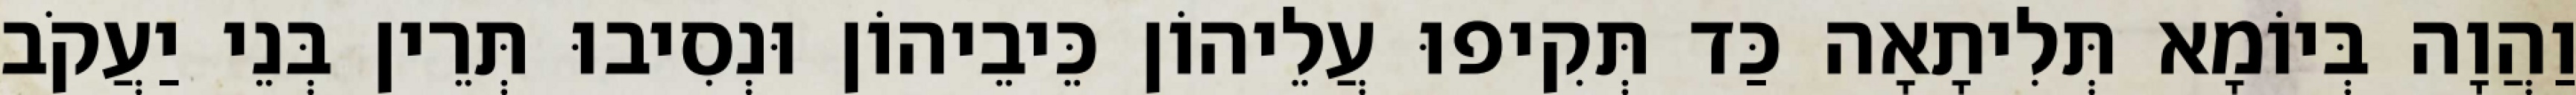
וַהֲוָה בְּיוֹמָא תְּלִיתָאָה כַּד תְּקִיפוּ עֲלֵיהוֹן כֵּיבֵיהוֹן וּנְסִיבוּ תְּרֵין בְּנֵי יַעֲקֹב